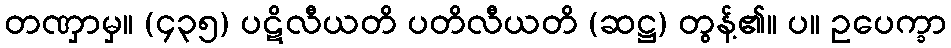
တဏှာမှ။ (၄၃၅) ပဋိလီယတိ ပတိလီယတိ (ဆဋ္ဌ) တွန့်၏။ ပ။ ဥပေက္ခာ